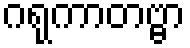
ဂရုကာတဗ္ဗာ